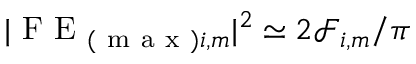
| \mathrm { ~ F ~ E ~ } _ { ( \mathrm { ~ m ~ a ~ x ~ } ) i , m } | ^ { 2 } \simeq 2 \mathcal { F } _ { i , m } / { \pi }